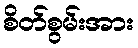
စိတ်စွမ်းအား